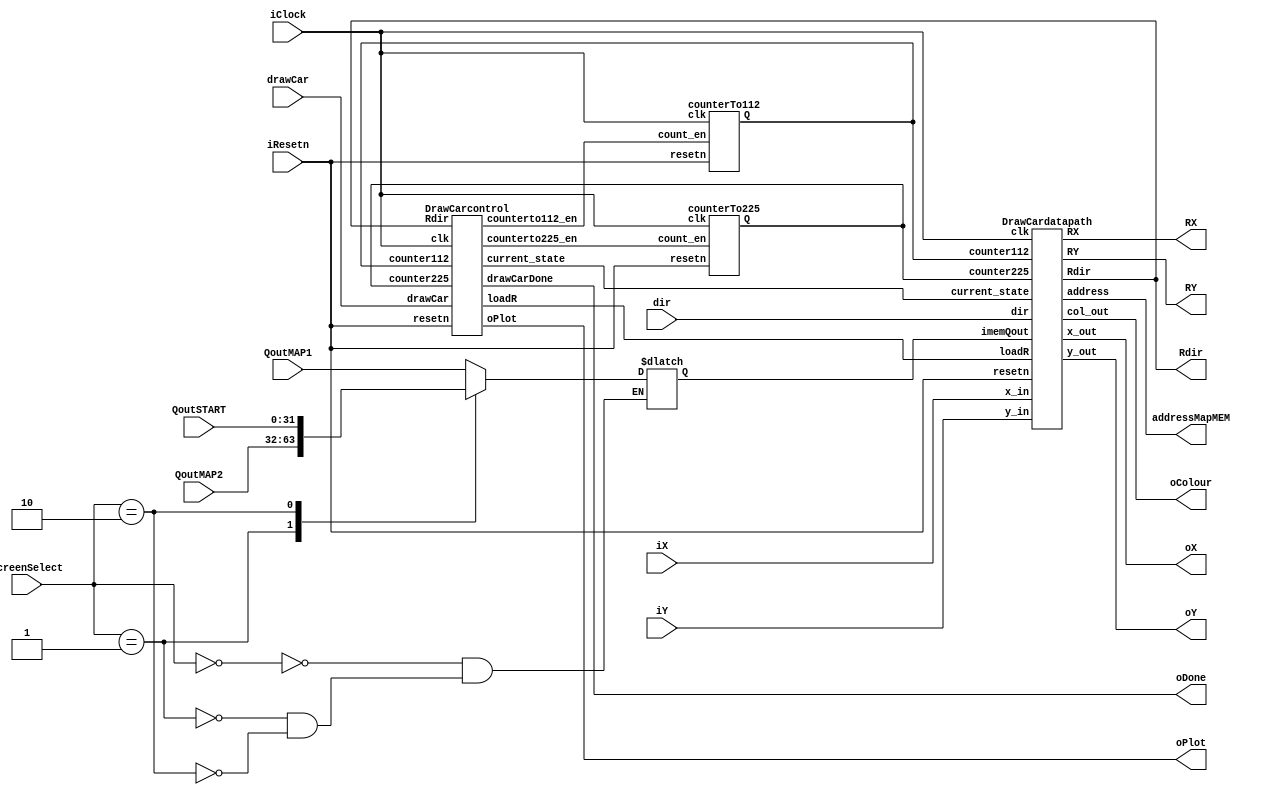
module drawCar(
  input wire iResetn,
  input [7:0] iX,//the next location
  input [6:0] iY,//the next location
  input iClock,
  input drawCar,
  input [2:0] dir, //i think 3 bits?????
  input [31:0] QoutMAP1, QoutMAP2, QoutSTART,
  input [1:0] ScreenSelect,
  output wire [7:0] oX,         // VGA pixel coordinates
  output wire [6:0] oY,
  output wire [8:0] oColour,     // VGA pixel colour (0-7), 3 bits per color {R,G,B}
  output wire oPlot,        //tells VGA to plot
  output wire  oDone,       // goes high when finished drawing frame
  output wire [14:0] addressMapMEM,
  output [7:0] RX,
  output [6:0] RY,
    output [2:0] Rdir
);  
  wire counterto112_en, counterto225_en ,loadR; //plot_en
  wire [6:0] counter112;
  wire [7:0] counter225;
  wire [2:0] current_state;


reg [31:0] imemQout;
always @(*) begin
    case (ScreenSelect)
        2'd0: imemQout = QoutMAP1;
        2'd1: imemQout = QoutMAP2;
        2'd2: imemQout = QoutSTART;
    endcase
end

    DrawCarcontrol C(
    .clk(iClock),
    .resetn(iResetn),
    .counter112(counter112),
    .counter225(counter225),
    .Rdir(Rdir),
    .drawCar(drawCar),
    //input clear,
    //.plot_en(plot_en), //draw on screen
    .counterto112_en(counterto112_en), 
    .counterto225_en(counterto225_en), 
    .drawCarDone(oDone), //when car is done drawing
    .loadR(loadR),//to load RX and RY so that x_in doesnt need to be held
    .oPlot(oPlot),
    .current_state(current_state)
    );

    DrawCardatapath D(
    .clk(iClock),
    .resetn(iResetn),
    .counter112(counter112),
    .counter225(counter225),
    //.plot_en(plot_en),
    .x_in(iX), //input coord of upper left corner
    .y_in(iY),
    .loadR(loadR),
    .dir(dir),
    .current_state(current_state),
    .imemQout(imemQout),
    .x_out(oX),
    .y_out(oY),
    .col_out(oColour),
    .address(addressMapMEM),
    .Rdir(Rdir),
    .RX(RX),
    .RY(RY)
    );

  counterTo112 C112(iClock, iResetn, counterto112_en, counter112);
  counterTo225 C225(iClock, iResetn, counterto225_en, counter225);
endmodule // part2


module DrawCarcontrol(
    input clk,
    input resetn,
    input [2:0]Rdir,
    input drawCar,
    //input iplotbox,
    input [6:0] counter112,
    input [7:0] counter225,
 
    //input clear,
    output reg loadR,
    //output reg plot_en, //draw on screen
    output reg counterto112_en, 
    output reg counterto225_en, 
    output reg drawCarDone, //when car is done drawing
    output reg oPlot,
    output reg [2:0] current_state
    );


    reg straight;
    always @ (*) begin
        if((Rdir == 3'd0)|(Rdir == 3'd2)|(Rdir == 3'd4)|(Rdir == 3'd6)) straight = 1;
        else straight = 0;
    end

    reg [2:0] next_state;
   
    localparam  
     state1 = 3'd0,
     state1wait = 3'd1,
     state2 = 3'd2,
     MEMcolour = 3'd3,
    MEMwait = 3'd4,
     MEMdraw = 3'd5,
     state3 = 3'd6;
    
    // Next state logic aka state table
    always@(*)
    begin: state_table
            case (current_state)
                state1: next_state = (drawCar)? state1wait : state1;
                state1wait : next_state =state2;
                state2: next_state = ((!straight & (counter225 == 8'd225))|(straight&(counter112 == 7'd112))) ? state3 : MEMcolour;
                MEMcolour: next_state = MEMwait;
                MEMwait : next_state = MEMdraw;
                MEMdraw : next_state = state2;
                state3: next_state = state1;
            default:  next_state = state1;
        endcase
    end // state_table

    // Output logic aka all of our datapath control signals
    reg firstloop;
    always @(*)
    begin
        // By default make all our signals 0
        //plot_en = 1'b0;
        counterto112_en = 1'b0;
        counterto225_en = 1'b0;
        drawCarDone = 1'b0;
        loadR = 1'b0;
        oPlot = 1'b0;
        case (current_state)
            state1: begin
                loadR = 1'b0;
                end
            state1wait: loadR = 1'b1;
            state2: begin
                //plot_en = 1'b1;
                oPlot = 1'b0;
                counterto225_en = 1'b1;
                counterto112_en = 1'b1;
                end

            MEMcolour: begin
                //plot_en = 1'b1;
                oPlot = 1'b0;
                counterto225_en = 1'b1;
                counterto112_en = 1'b1;
                end
            MEMwait: begin
                //plot_en = 1'b1;
                oPlot = 1'b1;
                counterto225_en = 1'b1;
                counterto112_en = 1'b1;
                end
            MEMdraw: begin
                oPlot = 1'b1;
                counterto225_en = 1'b1;
                counterto112_en = 1'b1;
            end
            state3: begin
                drawCarDone = 1'b1;
                end
        endcase
    end

    // current_state registers
    always@(posedge clk)
    begin
        if(!resetn)
            current_state <= state1;
        else
            current_state <= next_state;
    end // state_FFS
endmodule
////////////////////////////////////
module DrawCardatapath(
    input clk,
    input resetn,
    //input plot_en, 
    input [7:0] x_in, //input coord of upper left corner
    input [6:0] y_in,
    input [6:0] counter112,
    input [7:0] counter225,
    input [2:0] dir,
    input loadR,
    input [2:0] current_state,
    input [31:0] imemQout,

    output reg [7:0] x_out,
    output reg [6:0] y_out,
    output reg [8:0] col_out,
    output reg [14:0] address,
    output reg [2:0] Rdir,
    output reg [7:0] RX,
    output reg [6:0] RY
    );

  reg [9:0] S[111:0];//straigt 
  reg [9:0] D[224:0]; //diagonal
  parameter R = 10'h3C0, B = 10'h200, W = 10'h3FF, E={10{1'b0}};
      //colors for the car
  initial begin: car_colors
    //{draw enable, color}
    S[0]=B; S[1]=B; S[2]=E; S[3]=E; S[4]=E; S[5]=E; S[6]=B; S[7]=B;
    S[8]=B; S[9]=B; S[10]=E; S[11]=E; S[12]=E; S[13]=E; S[14]=B; S[15]=B;
    S[16]=B; S[17]=B; S[18]=R; S[19]=R; S[20]=R; S[21]=R; S[22]=B; S[23]=B;
    S[24]=E; S[25]=E; S[26]=R; S[27]=R; S[28]=R; S[29]=R; S[30]=E; S[31]=E;
    S[32]=E; S[33]=R; S[34]=R; S[35]=W; S[36]=W; S[37]=R; S[38]=R; S[39]=E;
    S[40]=E; S[41]=R; S[42]=W; S[43]=R; S[44]=R; S[45]=W; S[46]=R; S[47]=E;
    S[48]=E; S[49]=R; S[50]=R; S[51]=R; S[52]=R; S[53]=R; S[54]=R; S[55]=E;
    
    S[56]=E; S[57]=R; S[58]=R; S[59]=R; S[60]=R; S[61]=R; S[62]=R; S[63]=E;
    S[64]=E; S[65]=R; S[66]=W; S[67]=R; S[68]=R; S[69]=W; S[70]=R; S[71]=E;
    S[72]=E; S[73]=R; S[74]=R; S[75]=W; S[76]=W; S[77]=R; S[78]=R; S[79]=E;
    S[80]=E; S[81]=E; S[82]=R; S[83]=R; S[84]=R; S[85]=R; S[86]=E; S[87]=E;
    S[88]=B; S[89]=B; S[90]=R; S[91]=R; S[92]=R; S[93]=R; S[94]=B; S[95]=B;
    S[96]=B; S[97]=B; S[98]=E; S[99]=E; S[100]=E; S[101]=E; S[102]=B; S[103]=B;
    S[104]=B; S[105]=B; S[106]=E; S[107]=E; S[108]=E; S[109]=E; S[110]=B; S[111]=B;

    D[0]=E; D[1]=E; D[2]=E; D[3]=E; D[4]=E; D[5]=B; D[6]=B; D[7]=E; D[8]=E; D[9]=E; D[10]=E; D[11]=E; D[12]=E; D[13]=E; D[14]=E;
    D[15]=E; D[16]=E; D[17]=E; D[18]=E; D[19]=E; D[20]=B; D[21]=B; D[22]=B; D[23]=E; D[24]=E; D[25]=E; D[26]=E; D[27]=E; D[28]=E; D[29]=E;
    D[30]=E; D[31]=E; D[32]=E; D[33]=E; D[34]=E; D[35]=E; D[36]=E; D[37]=B; D[38]=E; D[39]=E; D[40]=E; D[41]=E; D[42]=E; D[43]=E; D[44]=E;
    D[45]=E; D[46]=E; D[47]=E; D[48]=E; D[49]=E; D[50]=R; D[51]=R; D[52]=E; D[53]=E; D[54]=E; D[55]=E; D[56]=E; D[57]=E; D[58]=E; D[59]=E;
    D[60]=E; D[61]=E; D[62]=E; D[63]=E; D[64]=R; D[65]=R; D[66]=R; D[67]=R; D[68]=E; D[69]=E; D[70]=E; D[71]=E; D[72]=E; D[73]=E; D[74]=E;
    D[75]=B; D[76]=B; D[77]=E; D[78]=R; D[79]=R; D[80]=R; D[81]=W; D[82]=W; D[83]=R; D[84]=R; D[85]=E; D[86]=E; D[87]=E; D[88]=E; D[89]=E;
    D[90]=B; D[91]=B; D[92]=B; D[93]=R; D[94]=R; D[95]=W; D[96]=R; D[97]=R; D[98]=R; D[99]=R; D[100]=E; D[101]=E; D[102]=E; D[103]=E; D[104]=E;
    D[105]=E; D[106]=B; D[107]=B; D[108]=E; D[109]=R; D[110]=W; D[111]=R; D[112]=R; D[113]=R; D[114]=W; D[115]=R; D[116]=E; D[117]=B; D[118]=B; D[119]=E;
    D[120]=E; D[121]=E; D[122]=E; D[123]=E; D[124]=E; D[125]=R; D[126]=R; D[127]=R; D[128]=R; D[129]=W; D[130]=R; D[131]=R; D[132]=B; D[133]=B; D[134]=B;
    D[135]=E; D[136]=E; D[137]=E; D[138]=E; D[139]=E; D[140]=R; D[141]=R; D[142]=W; D[143]=W; D[144]=R; D[145]=R; D[146]=R; D[147]=E; D[148]=B; D[149]=B;
    D[150]=E; D[151]=E; D[152]=E; D[153]=E; D[154]=E; D[155]=E; D[156]=E; D[157]=R; D[158]=R; D[159]=R; D[160]=R; D[161]=E; D[162]=E; D[163]=E; D[164]=E;
    D[165]=E; D[166]=E; D[167]=E; D[168]=E; D[169]=E; D[170]=E; D[171]=E; D[172]=E; D[173]=R; D[174]=R; D[175]=E; D[176]=E; D[177]=E; D[178]=E; D[179]=E;
    D[180]=E; D[181]=E; D[182]=E; D[183]=E; D[184]=E; D[185]=E; D[186]=E; D[187]=B; D[188]=B; D[189]=E; D[190]=E; D[191]=E; D[192]=E; D[193]=E; D[194]=E;
    D[195]=E; D[196]=E; D[197]=E; D[198]=E; D[199]=E; D[200]=E; D[201]=E; D[202]=B; D[203]=B; D[204]=B; D[205]=E; D[206]=E; D[207]=E; D[208]=E; D[209]=E;
    D[210]=E; D[211]=E; D[212]=E; D[213]=E; D[214]=E; D[215]=E; D[216]=E; D[217]=E; D[218]=B; D[219]=B; D[220]=E; D[221]=E; D[222]=E; D[223]=E; D[224]=E;
  end //car_colors
    //loading registers 

    
    always @ (*) begin
        if (!resetn) begin
            RX = 8'd0;
            RY = 7'd0;
            Rdir = 3'd0;
        end
        else if(loadR) begin
            RX = x_in;
            RY = y_in;
            Rdir = dir;
        end
    end


    // Output result register
    always@(posedge clk) begin: Output_result_register
        if (!resetn) begin
            x_out = 8'd0;
            y_out = 7'd0;
            col_out = 3'd0;
            address = 15'd0;
        end
        case(current_state)
        3'd2: begin //state2
            if(((Rdir == 0)|(Rdir == 4))) begin //horizontal
                //S[counter112[6:0]][9] tells us to color or leave transparent
               x_out = RX + (counter112[6:0] / 8);//will truncate the fractional part
               y_out = RY + (counter112[6:0] % 8);
               address = x_out + 160*y_out;
               
            end
            else if(((Rdir == 2)|(Rdir == 6))) begin //vertical
               x_out = RX + (counter112[6:0] % 8);
               y_out = RY + (counter112[6:0] / 8);
               address = x_out + 160*y_out;

            end
            else if(((Rdir == 1)|(Rdir == 5)))begin //up+right
               x_out = RX + 14 - (counter225[7:0] % 15);
               y_out = RY + (counter225[7:0] / 15);
               address = x_out + 160*y_out;

            end
            else if(((Rdir == 3)|(Rdir == 7))) begin //down+right
               x_out = RX + (counter225[7:0] % 15);
               y_out = RY + (counter225[7:0] / 15);
               address = x_out + 160*y_out;
            end 
        end
        3'd3: begin //MEMcolour
            if ((Rdir % 2 == 0)) begin  //even Rdir, so go straight, 
                if(S[counter225[7:0]][9])//and we use car color
                    col_out <= S[counter112[6:0]][8:0]; 
                else
                    col_out <= imemQout[16:8];
            end
            else if ((Rdir % 2 == 1)) begin  //diaganoal 
                if(D[counter225[7:0]][9])//and we use car color
                    col_out <= D[counter225[7:0]][8:0]; 
                else
                    col_out <= imemQout[16:8];
            end
    
        end
        3'd4: begin //MEMwait
            col_out <= col_out;
            x_out <= x_out;
            y_out <= y_out;
        end

        endcase
    end //Output_result_register

  

endmodule


module counterTo225(clk, resetn, count_en, Q); //count by 3
  input clk, resetn, count_en;
  output reg [7:0] Q;
  reg [1:0] I; //inner counter
  always @(posedge clk) begin
    if(!resetn | (Q==8'd225)|!count_en) begin
      Q <= 8'd0;
      I <= 2'b0;
    end
    else if (count_en & (I<2'd3)) begin//dont increase Q
      Q <= Q;
      I <= I + 1'b1;
    end
    else if (count_en & (I==2'd3)) begin
      Q <= Q + 1'd1;
      I <= 2'd0;
    end
  end
endmodule

module counterTo112(clk, resetn, count_en, Q); //count by 3
  input clk, resetn, count_en;
  output reg [6:0] Q;
  reg [1:0] I; //inner counter
  always @(posedge clk) begin
    if(!resetn | (Q==7'd112)|!count_en) begin
      Q <= 7'd0;
      I <= 2'b0;
    end
    else if (count_en & (I<2'd3)) begin//dont increase Q
      Q <= Q;
      I <= I + 1'b1;
    end
    else if (count_en & (I==2'd3)) begin
      Q <= Q + 1'd1;
      I <= 2'd0;
    end
  end
endmodule